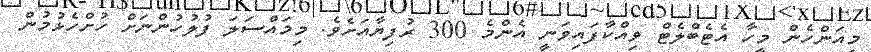
މިއަންހެން މީހާ އެޓެބްލެޓް ވިއްކާފައިވަނީ އެންމެ 300 ރުފިޔާއަށެވެ. މިމައްސަލަ ފުލުހުންނަށް ހުށްހެޅުމުން